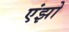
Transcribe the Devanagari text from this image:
एंझो